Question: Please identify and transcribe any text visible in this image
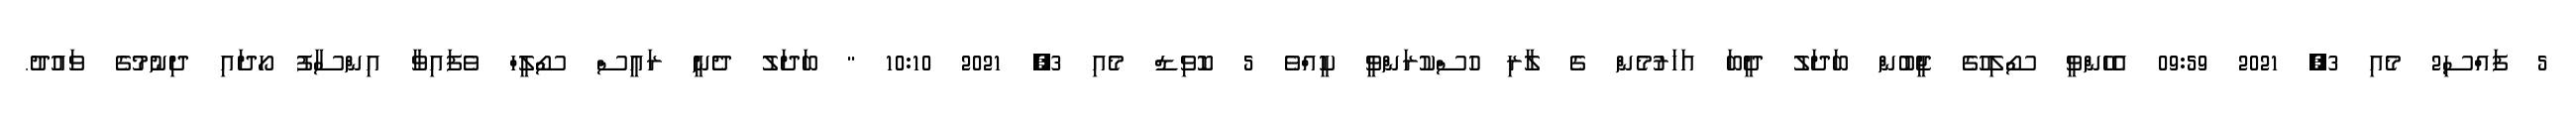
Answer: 5 ފައްސި2 މެއި 3, 2021 09:59 އެހެންވީ ސޯލިހުގެ ޖީބުން ބަދަލު ދީބަ އަހަރުމެން ގެ ލާރި ހުސްކުރަންވީ ކީއްވެ 5 ކޮވިޑް މެއި 3, 2021 10:10 " ބަދަލު ދެނީ ރައީސް ސޯލީހް ވެފައިވާ އިންސާފު ހޯދައި ދިނުމުގެ ވައުދު.